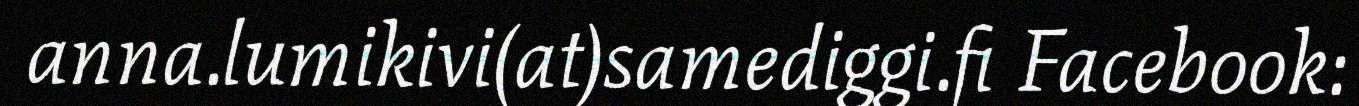
anna.lumikivi(at)samediggi.fi Facebook: